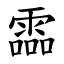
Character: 霝